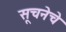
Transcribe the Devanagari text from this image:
सूचनेचे